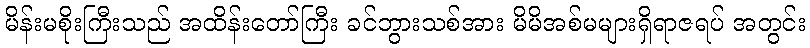
မိန်းမစိုးကြီးသည် အထိန်းတော်ကြီး ခင်ဘွားသစ်အား မိမိအစ်မများရှိရာဇရပ် အတွင်း